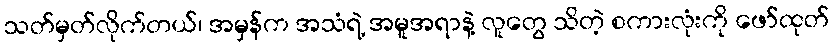
သတ်မှတ်လိုက်တယ်၊ အမှန်က အသံရဲ့ အမူအရာနဲ့ လူတွေ သိတဲ့ စကားလုံးကို ဖော်ထုတ်